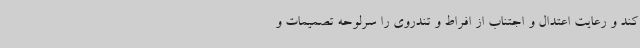
کند و رعایت اعتدال و اجتناب از افراط و تندروی را سرلوحه تصمیمات و